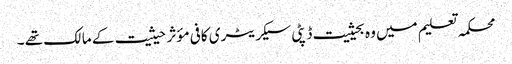
محکمہ تعلیم میں وہ بحیثیت ڈپٹی سیکریٹری کافی مؤثر حیثیت کے مالک تھے ۔